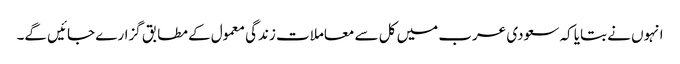
انہوں نے بتایا کہ سعودی عرب میں کل سے معاملات زندگی معمول کے مطابق گزارے جائیں گے۔